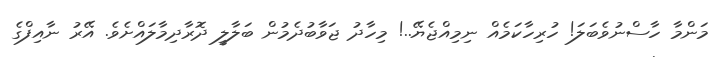
މަންމާ ހާސްނުވެބަލަ! ހުރިހާކަމެއް ނިމިއްޖެޔޭ..! މިހާދު ޖަވާބުދެމުން ބަލާލީ ދޮރާދިމާލައްށެވެ. އޭރު ނާއިފްގެ